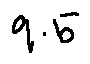
9 . 5